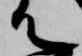
て